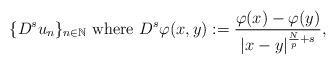
\begin{align*}\{D^s u_n\}_{n\in\mathbb{N}}\mbox{ where } D^s \varphi(x,y):=\frac{\varphi(x)-\varphi(y)}{|x-y|^{\frac{N}{p}+s}},\end{align*}